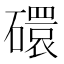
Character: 𬒥